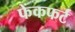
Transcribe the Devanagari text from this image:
फेंकफर्ट